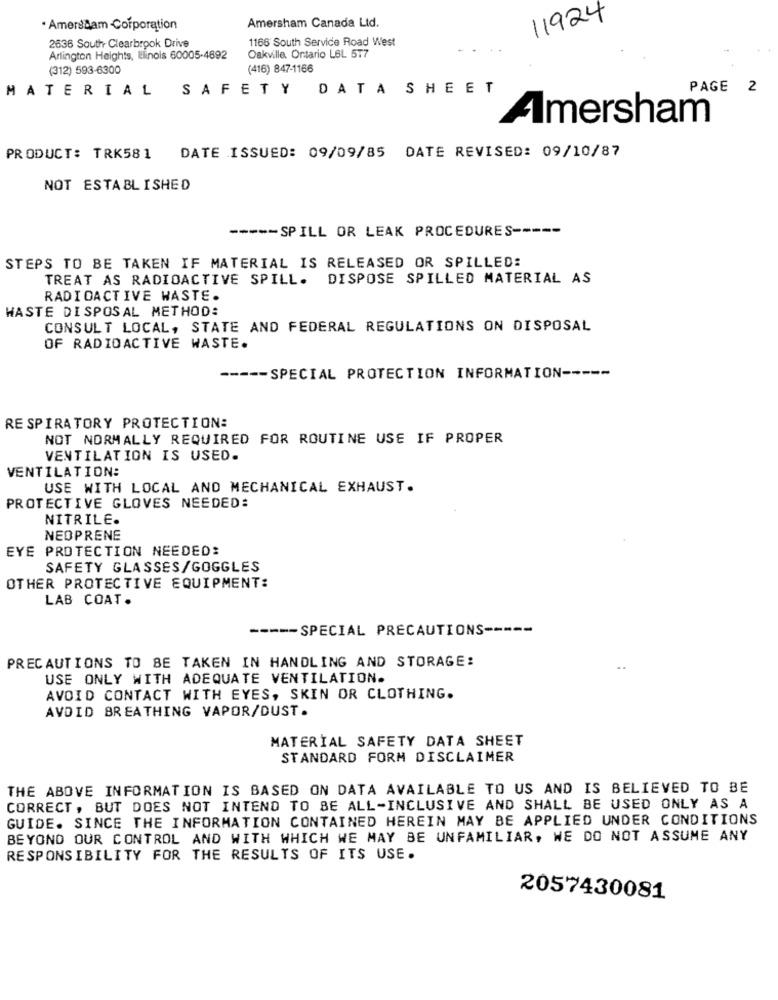
11924
. Amersham Corporation
Amersham Canada Ltd.
1166 South Service Road West
2636 South Clearbrook Drive
--
Arlington Heights, Elinois 60005-4692
Oakville. Ontario LBL 577
(312) 593-6300
(416) 847-1166
MATERIAL SAFETY DATA SHEET
PAGE 2
Amersham
PRODUCT: TRK581 DATE ISSUED: 09/09/85 DATE REVISED: 09/10/87
NOT ESTABLISHED
----- SPILL OR LEAK PROCEDURES -----
STEPS TO BE TAKEN IF MATERIAL IS RELEASED OR SPILLED:
TREAT AS RADIOACTIVE SPILL. DISPOSE SPILLED MATERIAL AS
RADIOACTIVE WASTE.
WASTE DISPOSAL METHOD:
CONSULT LOCAL, STATE AND FEDERAL REGULATIONS ON DISPOSAL
OF RADIOACTIVE WASTE.
----- SPECIAL PROTECTION INFORMATION -----
RESPIRATORY PROTECTION:
NOT NORMALLY REQUIRED FOR ROUTINE USE IF PROPER
VENTILATION IS USED.
VENTILATION:
USE WITH LOCAL AND MECHANICAL EXHAUST.
PROTECTIVE GLOVES NEEDED:
NITRILE.
NEOPRENE
EYE PROTECTION NEEDED:
SAFETY GLASSES/GOGGLES
OTHER PROTECTIVE EQUIPMENT:
LAB COAT.
====- SPECIAL PRECAUTIONS -----
PRECAUTIONS TO BE TAKEN IN HANDLING AND STORAGE:
USE ONLY WITH ADEQUATE VENTILATION.
AVOID CONTACT WITH EYES, SKIN OR CLOTHING.
AVOID BREATHING VAPOR/DUST.
MATERIAL SAFETY DATA SHEET
STANDARD FORM DISCLAIMER
THE ABOVE INFORMATION IS BASED ON DATA AVAILABLE TO US AND IS BELIEVED TO BE
CORRECT , BUT DOES NOT INTEND TO BE ALL-INCLUSIVE AND SHALL BE USED ONLY AS A
GUIDE. SINCE THE INFORMATION CONTAINED HEREIN MAY BE APPLIED UNDER CONDITIONS
BEYOND OUR CONTROL AND WITH WHICH WE MAY BE UNFAMILIAR, WE DO NOT ASSUME ANY
RESPONSIBILITY FOR THE RESULTS OF ITS USE.
2057430081